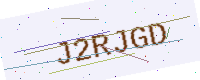
Text: J2RJGD